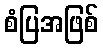
စံပြအဖြစ်